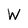
Character: W